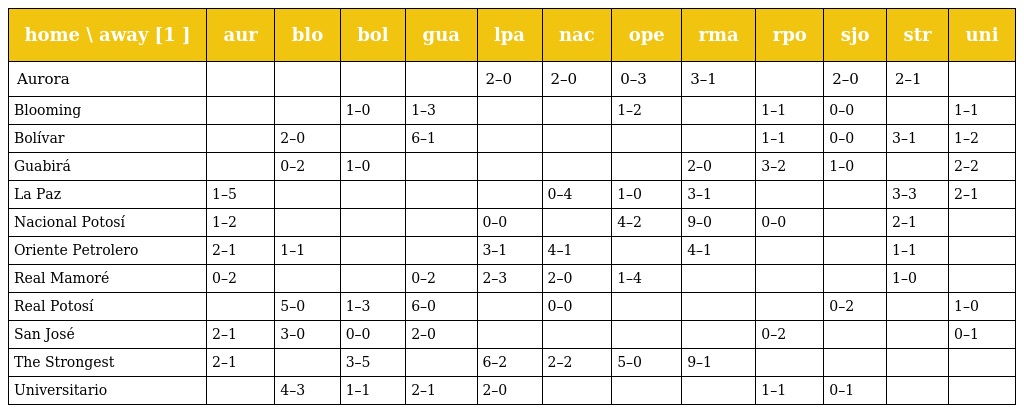
| home \ away [1 ] | aur | blo | bol | gua | lpa | nac | ope | rma | rpo | sjo | str | uni |
 | --- | --- | --- | --- | --- | --- | --- | --- | --- | --- | --- | --- | --- |
 | Aurora |  |  |  |  | 2–0 | 2–0 | 0–3 | 3–1 |  | 2–0 | 2–1 |  |
 | Blooming |  |  | 1–0 | 1–3 |  |  | 1–2 |  | 1–1 | 0–0 |  | 1–1 |
 | Bolívar |  | 2–0 |  | 6–1 |  |  |  |  | 1–1 | 0–0 | 3–1 | 1–2 |
 | Guabirá |  | 0–2 | 1–0 |  |  |  |  | 2–0 | 3–2 | 1–0 |  | 2–2 |
 | La Paz | 1–5 |  |  |  |  | 0–4 | 1–0 | 3–1 |  |  | 3–3 | 2–1 |
 | Nacional Potosí | 1–2 |  |  |  | 0–0 |  | 4–2 | 9–0 | 0–0 |  | 2–1 |  |
 | Oriente Petrolero | 2–1 | 1–1 |  |  | 3–1 | 4–1 |  | 4–1 |  |  | 1–1 |  |
 | Real Mamoré | 0–2 |  |  | 0–2 | 2–3 | 2–0 | 1–4 |  |  |  | 1–0 |  |
 | Real Potosí |  | 5–0 | 1–3 | 6–0 |  | 0–0 |  |  |  | 0–2 |  | 1–0 |
 | San José | 2–1 | 3–0 | 0–0 | 2–0 |  |  |  |  | 0–2 |  |  | 0–1 |
 | The Strongest | 2–1 |  | 3–5 |  | 6–2 | 2–2 | 5–0 | 9–1 |  |  |  |  |
 | Universitario |  | 4–3 | 1–1 | 2–1 | 2–0 |  |  |  | 1–1 | 0–1 |  |  |